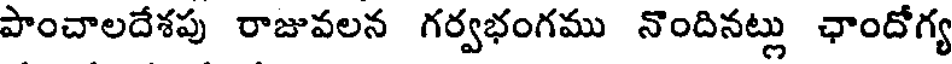
పాంచాలదేశపు రాజువలన గర్వభంగము నొందినట్లు ఛాందోగ్య